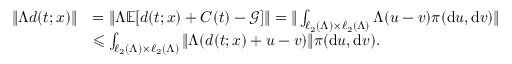
\begin{array} { r l } { \| \Lambda d ( t ; x ) \| } & { = \| \Lambda \mathbb { E } [ d ( t ; x ) + C ( t ) - \mathcal { G } ] \| = \| \int _ { \ell _ { 2 } ( \Lambda ) \times \ell _ { 2 } ( \Lambda ) } \Lambda ( u - v ) \pi ( \mathrm { d } u , \mathrm { d } v ) \| } \\ & { \leqslant \int _ { \ell _ { 2 } ( \Lambda ) \times \ell _ { 2 } ( \Lambda ) } \| \Lambda ( d ( t ; x ) + u - v ) \| \pi ( \mathrm { d } u , \mathrm { d } v ) . } \end{array}